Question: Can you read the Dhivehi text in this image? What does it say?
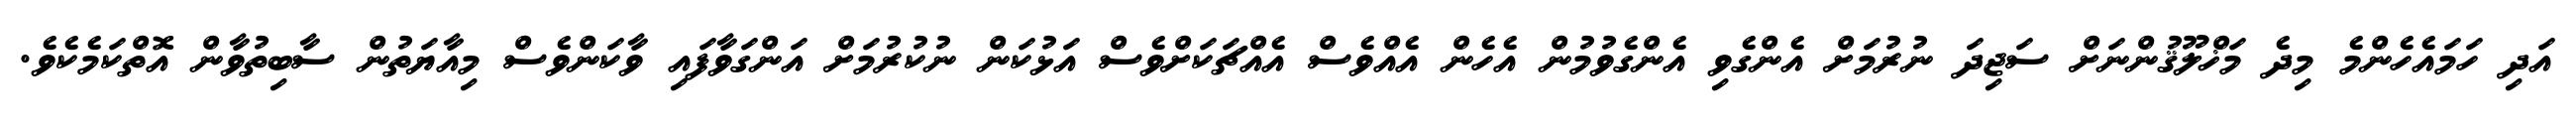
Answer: އަދި ހަމައެހެންމެ މިދެ މަޚްލޫޤުންނަށް ސަޖިދަ ނުރުމަށް އެންގެވި އެންގެވުމުން އެހެން އެއްވެސް އެއްޗަކަށްވެސް އަޅުކަން ނުކުރުމަށް އަންގަވާފައި ވާކަންވެސް މިއާޔަތުން ސާބިތުވާން އޮތްކަމެކެވެ.